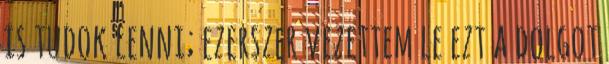
is tudok lenni; ezerszer vezettem le ezt a dolgot